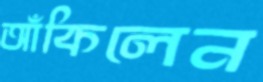
আঁকিলেন